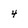
Character: 4